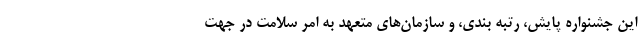
این جشنواره پایش، رتبه بندی، و سازمان‌های متعهد به امر سلامت در جهت